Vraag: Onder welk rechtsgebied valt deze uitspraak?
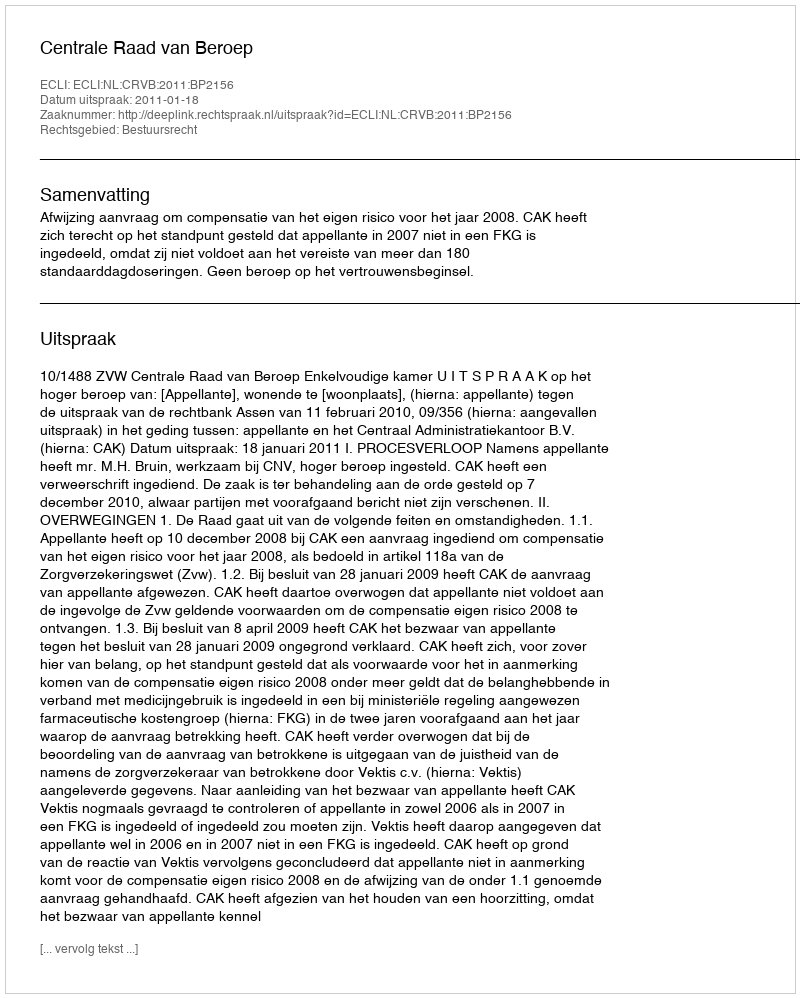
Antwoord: Bestuursrecht